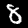
Label: 8